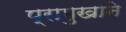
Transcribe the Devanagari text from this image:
प्रामुखाने